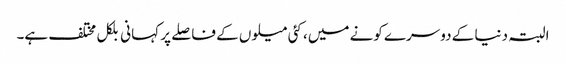
البتہ دنیا کے دوسرے کونے میں، کئی میلوں کے فاصلے پر کہانی بلکل مختلف ہے۔